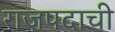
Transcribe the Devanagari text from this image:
राजपदाची